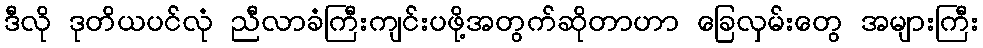
ဒီလို ဒုတိယပင်လုံ ညီလာခံကြီးကျင်းပဖို့အတွက်ဆိုတာဟာ ခြေလှမ်းတွေ အများကြီး